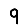
Digit: 9